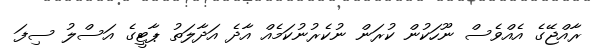
ރާއްޖޭގެ އެއްވެސް ނޫހަކުން ކުރަން ނުކެރުނުކަމެއް އާދެ އަދާލަތު ޕާޓީގެ އަސްލު ސިފަ